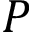
P